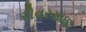
રીવરસાઇડ